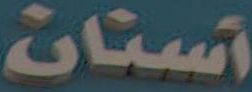
أسنان